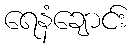
ရေနံချောင်း